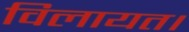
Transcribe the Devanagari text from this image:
विलायत।